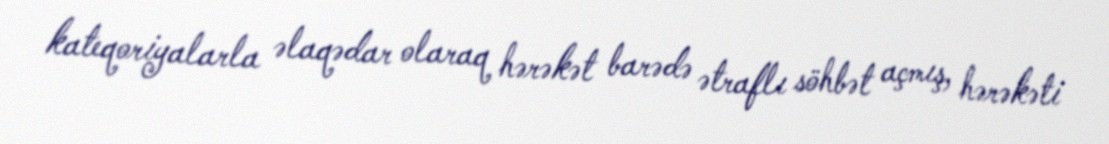
kateqoriyalarla əlaqədar olaraq hərəkət barədə ətraflı söhbət açmış, hərəkəti